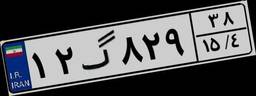
۱۲گ۸۲۹۳۸